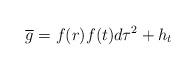
LaTeX: \begin{align*}\overline{g}= f(r) f(t) d\tau^2 + h_{t}\end{align*}